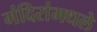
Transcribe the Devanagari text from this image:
मंदिरांमधले